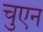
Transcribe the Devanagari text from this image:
चुएन